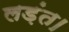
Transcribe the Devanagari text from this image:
लड़ंत।